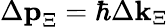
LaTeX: \Delta\textbf{p}_{\Xi}=\hbar\Delta\textbf{k}_{\Xi}